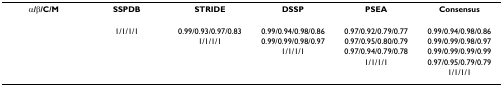
<table><thead><tr><td><b>α/β/C/M</b></td><td><b>SSPDB</b></td><td><b>STRIDE</b></td><td><b>DSSP</b></td><td><b>PSEA</b></td><td><b>Consensus</b></td></tr></thead><tbody><tr><td>[EMPTY_CELL]</td><td>1/1/1/1</td><td>0.99/0.93/0.97/0.83</td><td>0.99/0.94/0.98/0.86</td><td>0.97/0.92/0.79/0.77</td><td>0.99/0.94/0.98/0.86</td></tr><tr><td>[EMPTY_CELL]</td><td>[EMPTY_CELL]</td><td>1/1/1/1</td><td>0.99/0.99/0.98/0.97</td><td>0.97/0.95/0.80/0.79</td><td>0.99/0.99/0.98/0.97</td></tr><tr><td>[EMPTY_CELL]</td><td>[EMPTY_CELL]</td><td>[EMPTY_CELL]</td><td>1/1/1/1</td><td>0.97/0.94/0.79/0.78</td><td>0.99/0.99/0.99/0.99</td></tr><tr><td>[EMPTY_CELL]</td><td>[EMPTY_CELL]</td><td>[EMPTY_CELL]</td><td>[EMPTY_CELL]</td><td>1/1/1/1</td><td>0.97/0.95/0.79/0.79</td></tr><tr><td>[EMPTY_CELL]</td><td>[EMPTY_CELL]</td><td>[EMPTY_CELL]</td><td>[EMPTY_CELL]</td><td>[EMPTY_CELL]</td><td>1/1/1/1</td></tr></tbody></table>